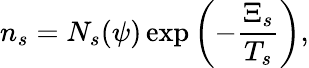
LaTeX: n_{s}=N_{s}(\psi)\exp\left(-\frac{\Xi_{s}}{T_{s}}\right),